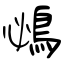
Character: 鴓